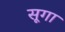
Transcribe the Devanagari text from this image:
सूगा